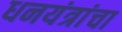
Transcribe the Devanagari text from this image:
धनयंत्रांचा